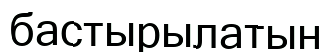
бастырылатын